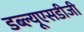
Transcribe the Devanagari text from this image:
डब्ल्यूएसडीजी